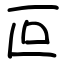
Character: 叵